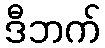
ဒီဘက်